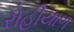
રોહીયાળ